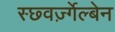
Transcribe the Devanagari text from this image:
स्छ्वर्ज़्गेल्बेन